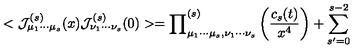
< { \cal J } _ { \mu _ { 1 } \cdots \mu _ { s } } ^ { ( s ) } ( x ) { \cal J } _ { \nu _ { 1 } \cdots \nu _ { s } } ^ { ( s ) } ( 0 ) > = { \prod } _ { \mu _ { 1 } \cdots \mu _ { s } , \nu _ { 1 } \cdots \nu _ { s } } ^ { ( s ) } \left( { \frac { c _ { s } ( t ) } { x ^ { 4 } } } \right) + \sum _ { s ^ { \prime } = 0 } ^ { s - 2 }